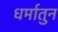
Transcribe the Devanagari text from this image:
धर्मातुन